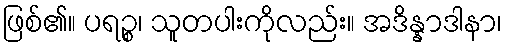
ဖြစ်၏။ ပရဉ္စ၊ သူတပါးကိုလည်း။ အဒိန္နာဒါနာ၊